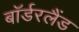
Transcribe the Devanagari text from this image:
बॉर्डरलैंड